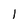
Character: l